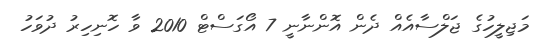
މަޖިލީހުގެ ޖަލްސާއެއް ދެން އޮންނާނީ 7 އޯގަސްޓް 2010 ވާ ހޮނިހިރު ދުވަހު